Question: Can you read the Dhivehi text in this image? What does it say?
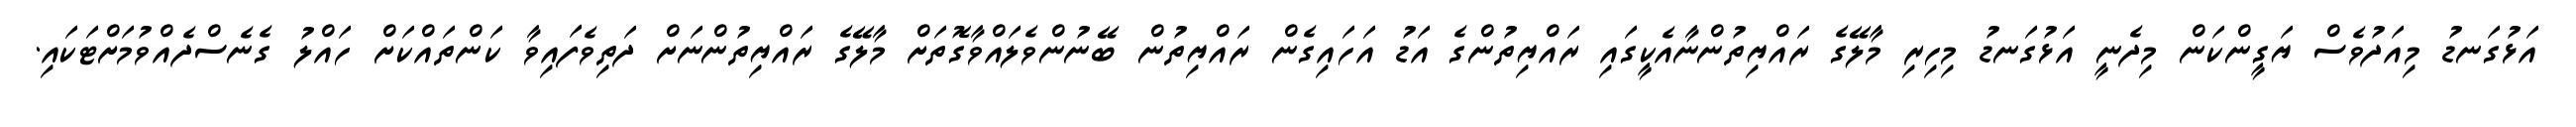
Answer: އަޅުގަނޑު މިއަދުވެސް ޔަގީންކަން މިދެނީ އަޅުގަނޑު މިހިރި މާލޭގެ ރައްޔިތުންނާއެކީގައި ރައްޔިތުންގެ އަޑު އަހައިގެން ރައްޔިތުން ބޭނުންވެލައްވާގޮތަށް މާލޭގެ ރައްޔިތުންނަށް ދަތިވެފައިވާ ކަންތައްކަށް ހައްލު ގެނެސްދެއްވުމަށްޓަކައި.